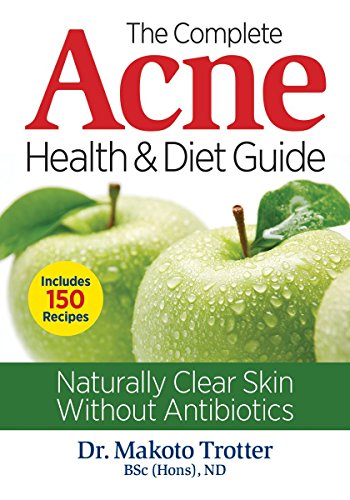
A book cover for The Complete Acne Health and Diet Guide: Naturally Clear Skin Without Antibiotics; Dr. Makoto Trotter; Health, Fitness & Dieting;